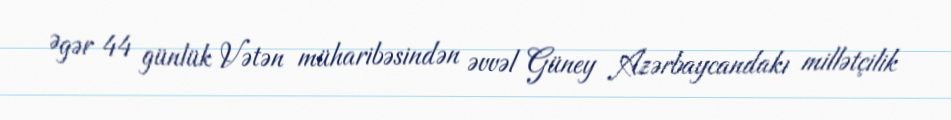
Əgər 44 günlük Vətən müharibəsindən əvvəl Güney Azərbaycandakı millətçilik